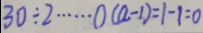
3 0 \div 2 \cdots 0 ( a - 1 ) = 1 - 1 = 0